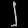
Digit: ၂